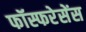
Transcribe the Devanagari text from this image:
फॉस्फरेसेंस